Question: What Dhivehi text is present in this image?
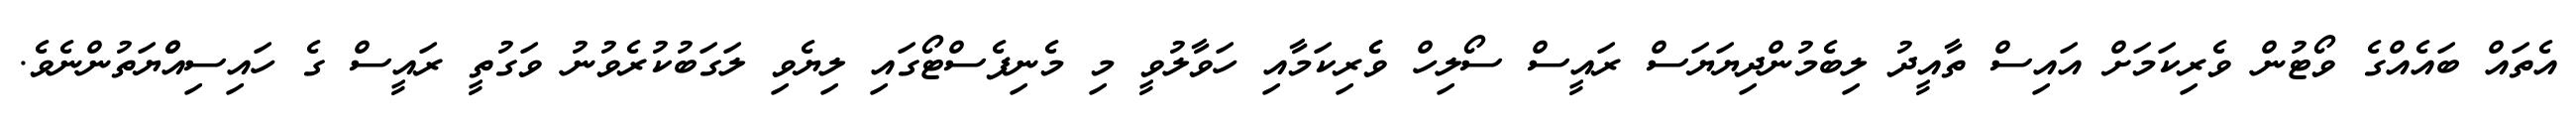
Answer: އެތައް ބައެއްގެ ވޯޓުން ވެރިކަމަށް އައިސް ތާއީދު ލިބެމުންދިޔަޔަސް ރައީސް ސޯލިހް ވެެރިކަމާއި ހަވާލުވީ މި މެނިފެސްޓޯގައި ލިޔެވި ލަގަބުކުރެވުނު ވަގުތީ ރައީސް ގެ ހައިސިއްްޔަތުންނެވެ.